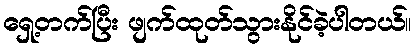
ရှေ့တက်ပြီး ဖျက်ထုတ်သွားနိုင်ခဲ့ပါတယ်။